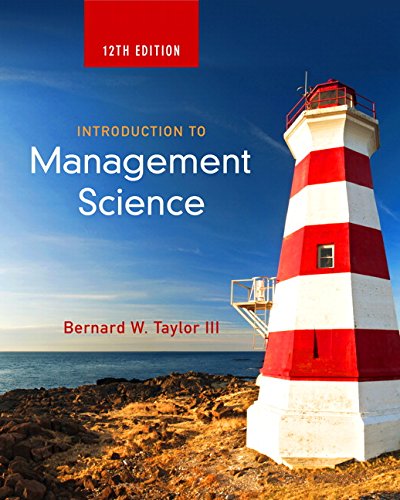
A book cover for Introduction to Management Science (12th Edition); Bernard W. Taylor III; Business & Money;